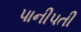
પાનીપતી